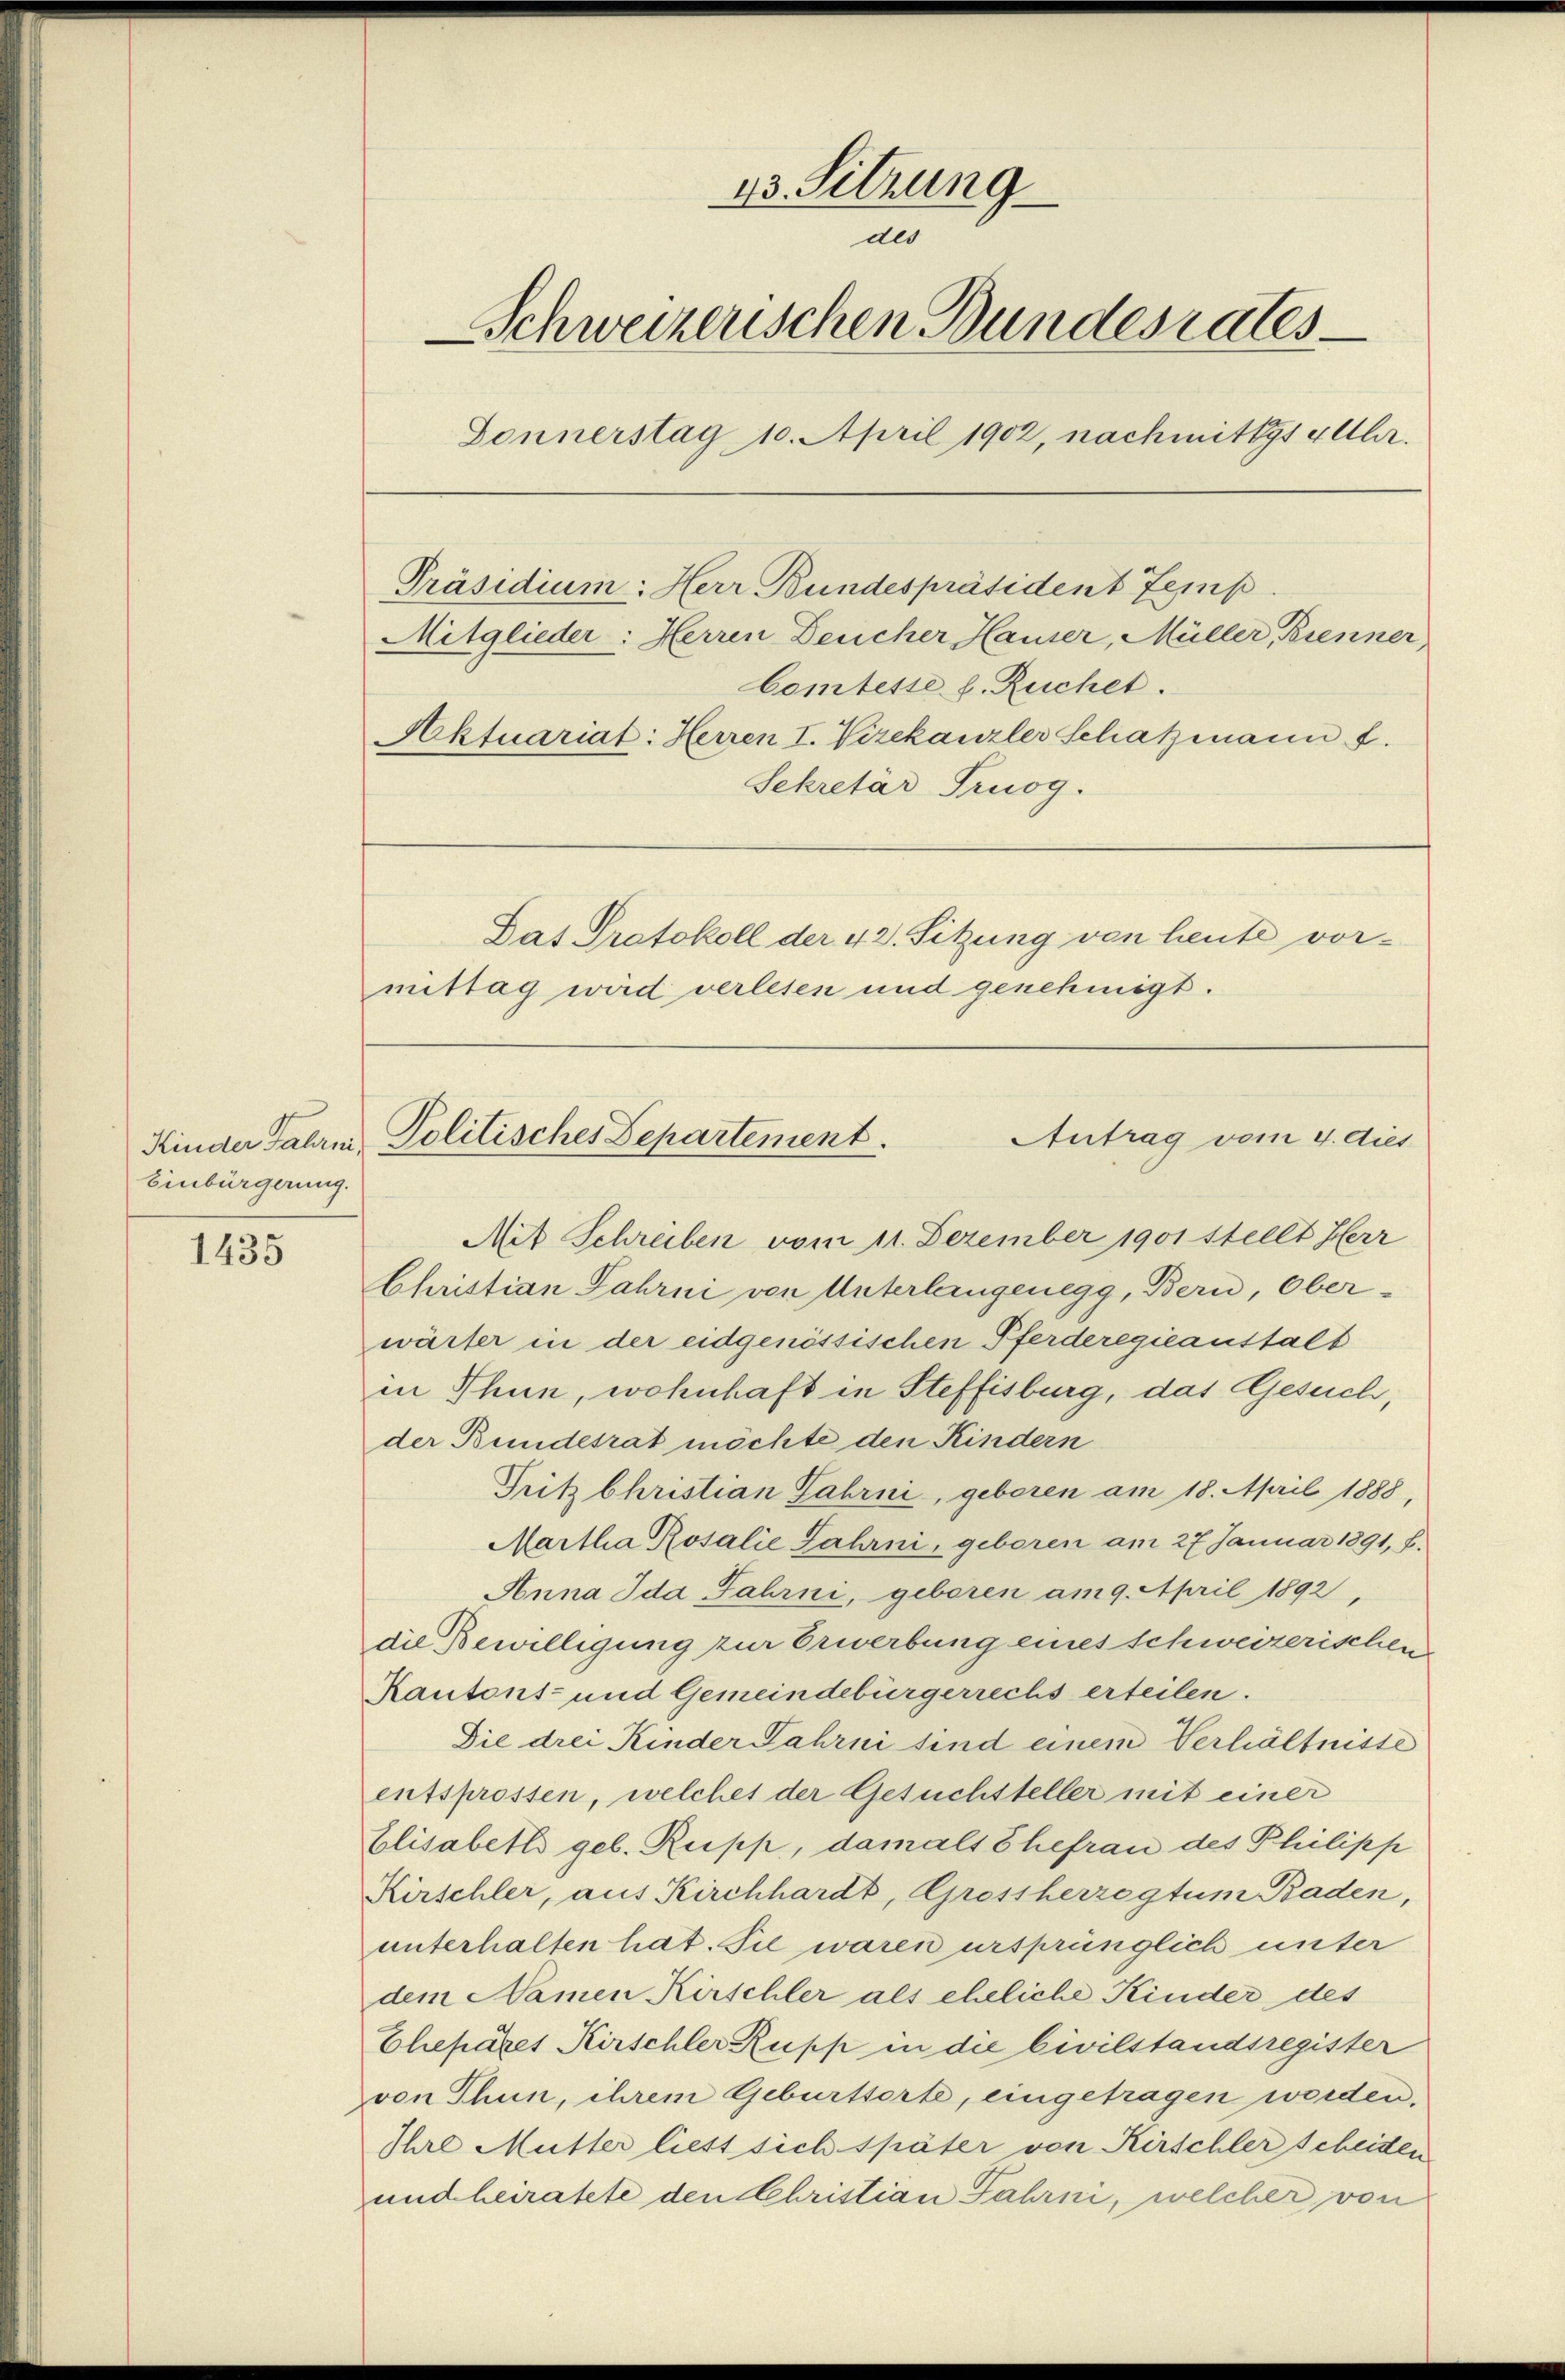
Einbürgerung.

1435

13. Sitzung
des
Schweizerischen Bundesrates
Sonnerstag 10. April 1902, nachmittags 4 Uhr.

Mitglieder: Herren Deucher Hauser, Müller, Bienner
Comtesse h. Ruchet.
Aktuariat: Herren I. Vizekanzler Schatzmann f.
Sekretär Truog.
Das Protokoll der 42. Sitzung von heute vormittag wird verlesen und genehmigt.

Präsidium: Herr Bundespräsident Temp

Antrag vom 4. dies
Kinder Faham Politisches Departement.

Mit Schreiben vom 11. Dezember 1901 stellt Herr
Christian Fahrni von Unterlangenegg, Bern, Oberwärter in der eidgenössischen Pferderegieanstalt
in Thun, wohnhaft in Steffisburg, das Gesuch,
der Bundesrat möchte den Kindern
Fritz Christian Fahrni, geboren am 18. April 1888,
Martha Rosalie Jahrni, geboren am 27. Januar 1891, b.
Anna Ida Jahrni, geboren am 9. April 1892,
die Bewilligung zur Erwerbung eines schweizerischen
Kantons- und Gemeindebürgerrechs erteilen.
Die drei Kinder Fahrni sind einem Verhältnisse
entsprossen, welches der Gesuchsteller mit einer
Elisabett geb. Rupp, damals Ehefrau des Philipp
Kirschler, aus Kirchhardt, Grossherzogtum Baden,
unterhalten hat. Sie waren ursprünglich unter
dem Namen Kirschler als eheliche Kinder des
Chepäres Kirschler Rupp in die Civilstandsregister
von Thun, ihrem Geburtsorte, eingetragen werden.
Ihre Mutter liest sich später von Kirschler scheiten
und heiratete den Christian Fahrn, welcher von